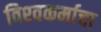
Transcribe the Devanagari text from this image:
विश्‍वकर्माचा